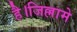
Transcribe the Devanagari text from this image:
है।जिल्लामे